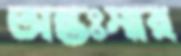
অন্তঃসার